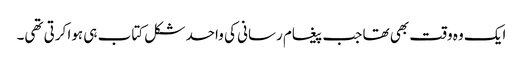
ایک وہ وقت بھی تھا جب پیغام رسانی کی واحد شکل کتاب ہی ہوا کرتی تھی۔